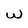
Character: W